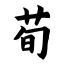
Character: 荀